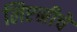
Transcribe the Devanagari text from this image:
लिएनीचे